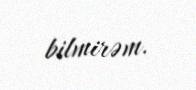
bilmirəm.